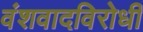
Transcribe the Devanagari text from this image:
वंशवादविरोधी